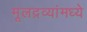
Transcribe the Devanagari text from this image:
मूलद्रव्यांमध्ये